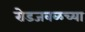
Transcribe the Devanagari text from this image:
रोडजवळच्या